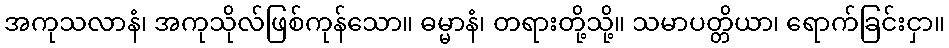
အကုသလာနံ၊ အကုသိုလ်ဖြစ်ကုန်သော။ ဓမ္မာနံ၊ တရားတို့သို့။ သမာပတ္တိယာ၊ ရောက်ခြင်းငှာ။